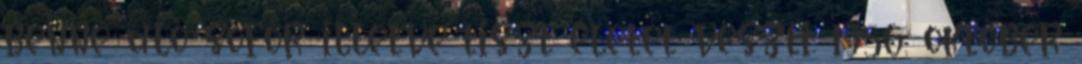
benne ülő sofőr illetve tiszt életét veszti. 1956. október